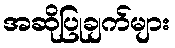
အဆိုပြုချက်များ